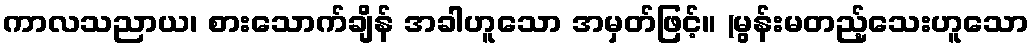
ကာလသညာယ၊ စားသောက်ချိန် အခါဟူသော အမှတ်ဖြင့်။ (မွန်းမတည့်သေးဟူသော